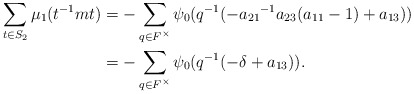
\begin{align*}\sum_{t \in S_{2}}\mu_1(t^{-1}mt)&= -\sum_{\substack{q \in F^{\times}}} \psi_0(q^{-1}(-{a_{21}}^{-1}a_{23}(a_{11}-1)+a_{13}))\\&= -\sum_{\substack{q \in F^{\times}}} \psi_{0}(q^{-1}(-\delta + a_{13})). \end{align*}